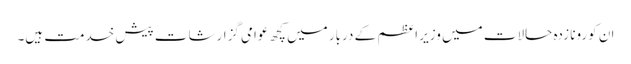
ان کورونا زدہ حالات میں وزیر اعظم کے دربار میں کچھ عوامی گزارشات پیش خدمت ہیں۔